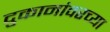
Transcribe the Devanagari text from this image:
दुकानांवरच्या